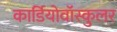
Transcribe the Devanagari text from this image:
कार्डियोवॉस्कुलर